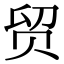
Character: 贸